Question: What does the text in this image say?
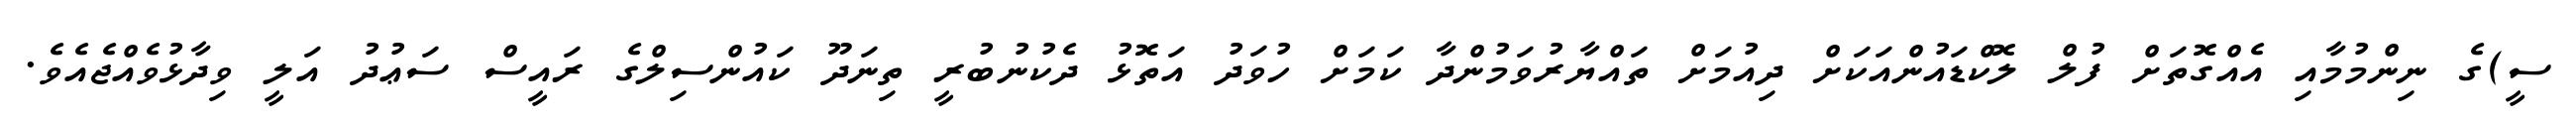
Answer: ސީ)ގެ ނިންމުމާއި އެއްގޮތަށް ފުލް ލޮކްޑައުންއަކަށް ދިއުމަށް ތައްޔާރުވަމުންދާ ކަމަށް ހުވަދު އަތޮޅު ދެކުނުބުރީ ތިނަދޫ ކައުންސިލްގެ ރައީސް ސަޢުދު އަލީ ވިދާޅުވެއްޖެއެވެ.